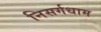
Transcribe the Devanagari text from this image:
निसर्गधाम